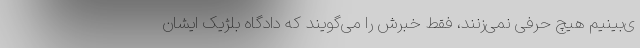
ی‌بینیم هیچ حرفی نمی‌زنند، فقط خبرش را می‌گویند که دادگاه بلژیک ایشان